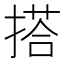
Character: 搭